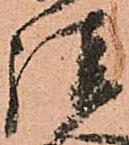
談